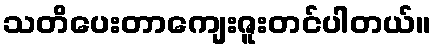
သတိပေးတာကျေးဇူးတင်ပါတယ်။